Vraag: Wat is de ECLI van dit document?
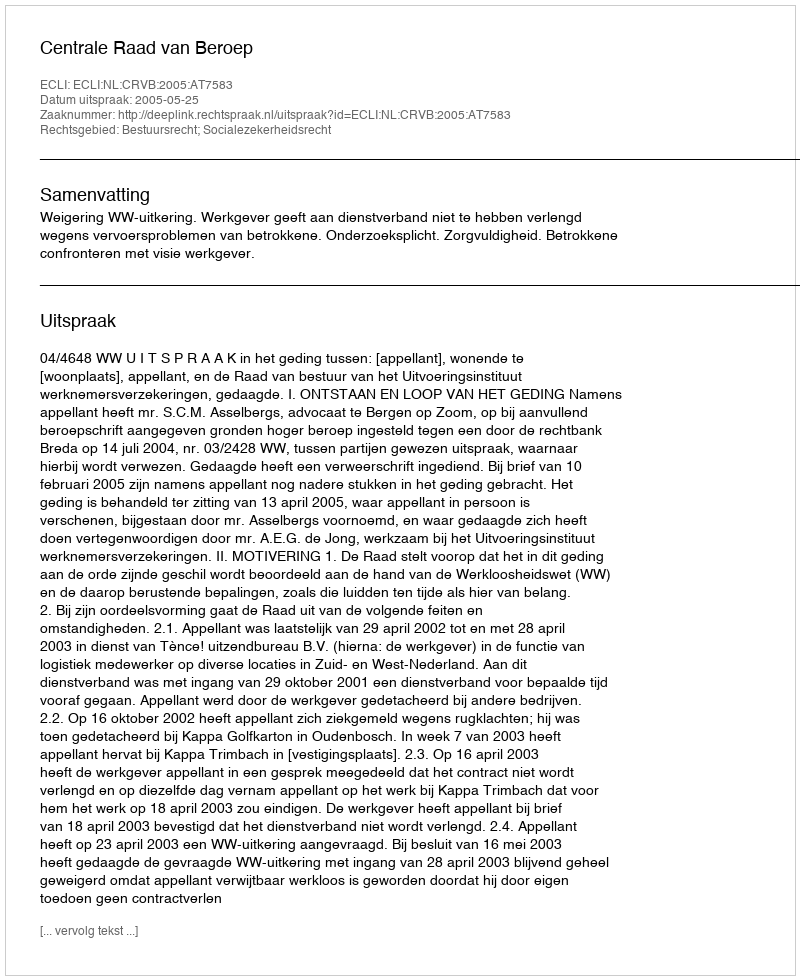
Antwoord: ECLI:NL:CRVB:2005:AT7583